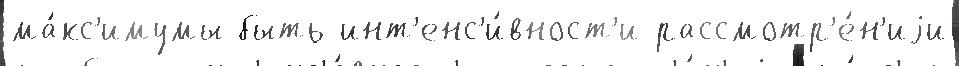
ма́кс'имумы быть инт'енс'и́вност'и рассмотр'е́н'иjи